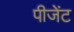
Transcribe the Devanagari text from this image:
पीजेंट